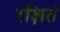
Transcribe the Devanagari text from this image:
रक्षितं